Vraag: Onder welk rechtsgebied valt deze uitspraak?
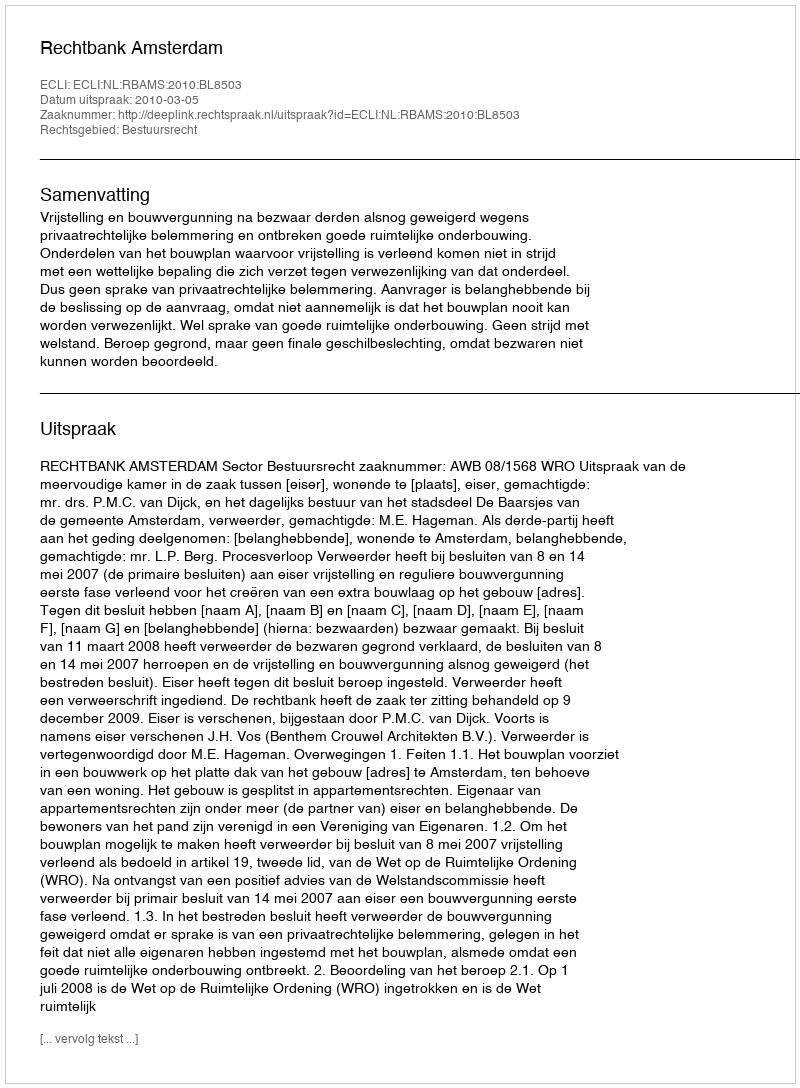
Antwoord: Bestuursrecht